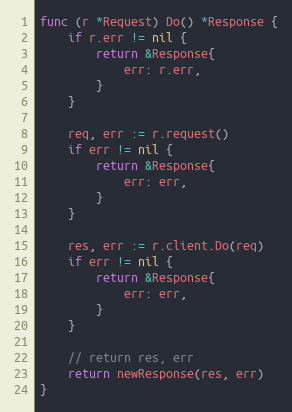
Language: Go
func (r *Request) Do() *Response {
	if r.err != nil {
		return &Response{
			err: r.err,
		}
	}

	req, err := r.request()
	if err != nil {
		return &Response{
			err: err,
		}
	}

	res, err := r.client.Do(req)
	if err != nil {
		return &Response{
			err: err,
		}
	}

	// return res, err
	return newResponse(res, err)
}